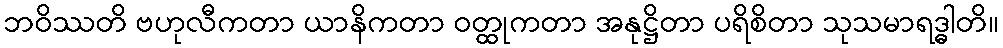
ဘဝိဿတိ ဗဟုလီကတာ ယာနိကတာ ဝတ္ထုကတာ အနုဋ္ဌိတာ ပရိစိတာ သုသမာရဒ္ဓါတိ။